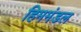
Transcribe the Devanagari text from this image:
हिममंडल